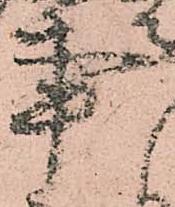
事